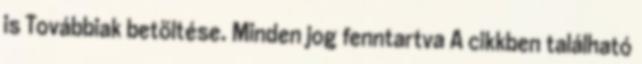
is Továbbiak betöltése. Minden jog fenntartva A cikkben található